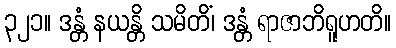
၃၂၁။ ဒန္တံ နယန္တိ သမိတိံ၊ ဒန္တံ ရာဇာဘိရူဟတိ။